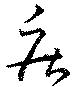
疾